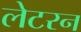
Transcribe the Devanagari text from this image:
लेटरन